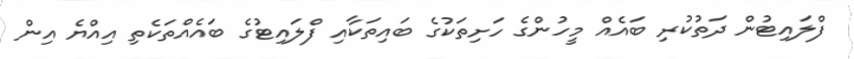
ފްލައިޓުން ދަތުކުރި ބައެއް މީހުންގެ ހަށިތަކުގެ ބައިތަކާއި ފްލައިޓުގެ ބައެއްތަކެތި އިއްޔެ އިން